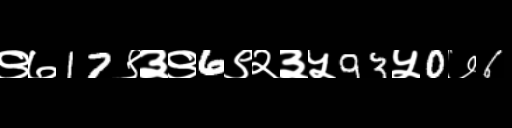
Text: ९७17९३९6९२३५93५0७6